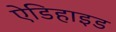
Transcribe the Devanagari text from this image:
ऐडिहाइड